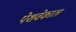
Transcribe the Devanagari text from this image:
पेशवेकाल